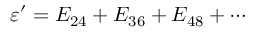
\varepsilon ^ { \prime } = E _ { 2 4 } + E _ { 3 6 } + E _ { 4 8 } + \cdots